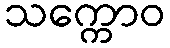
သက္ကောဝ